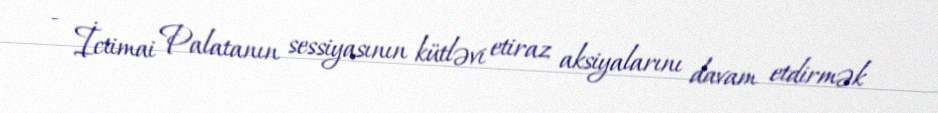
- İctimai Palatanın sessiyasının kütləvi etiraz aksiyalarını davam etdirmək